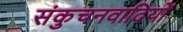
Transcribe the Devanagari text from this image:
संकुचनवादियों